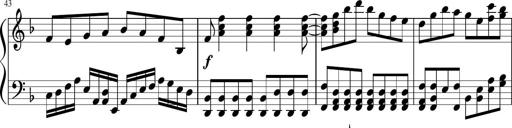
Title: Sonatina in F major
Composer: Ethan Ngo
Key: F major